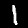
Digit: 1